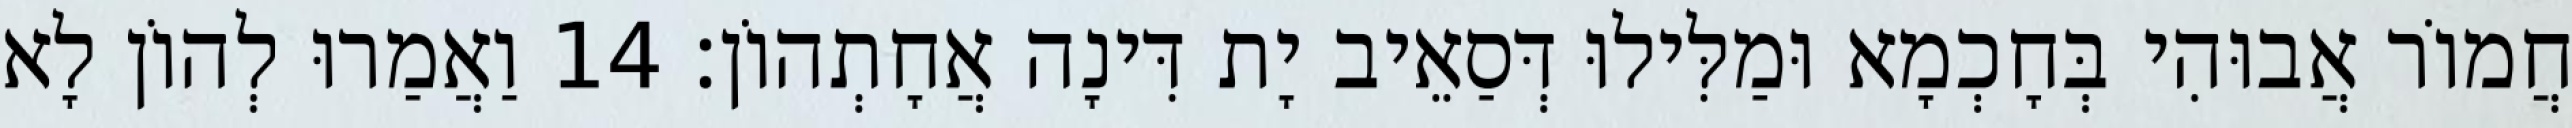
חֲמוֹר אֲבוּהִי בְּחָכְמָא וּמַלִּילוּ דְּסַאֵיב יָת דִּינָה אֲחָתְהוֹן׃ 14 וַאֲמַרוּ לְהוֹן לָא